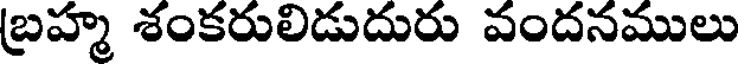
బ్రహ్మ శంకరులిడుదురు వందనములు